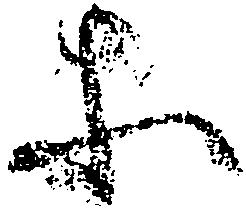
等